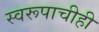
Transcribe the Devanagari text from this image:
स्वरूपाचीही